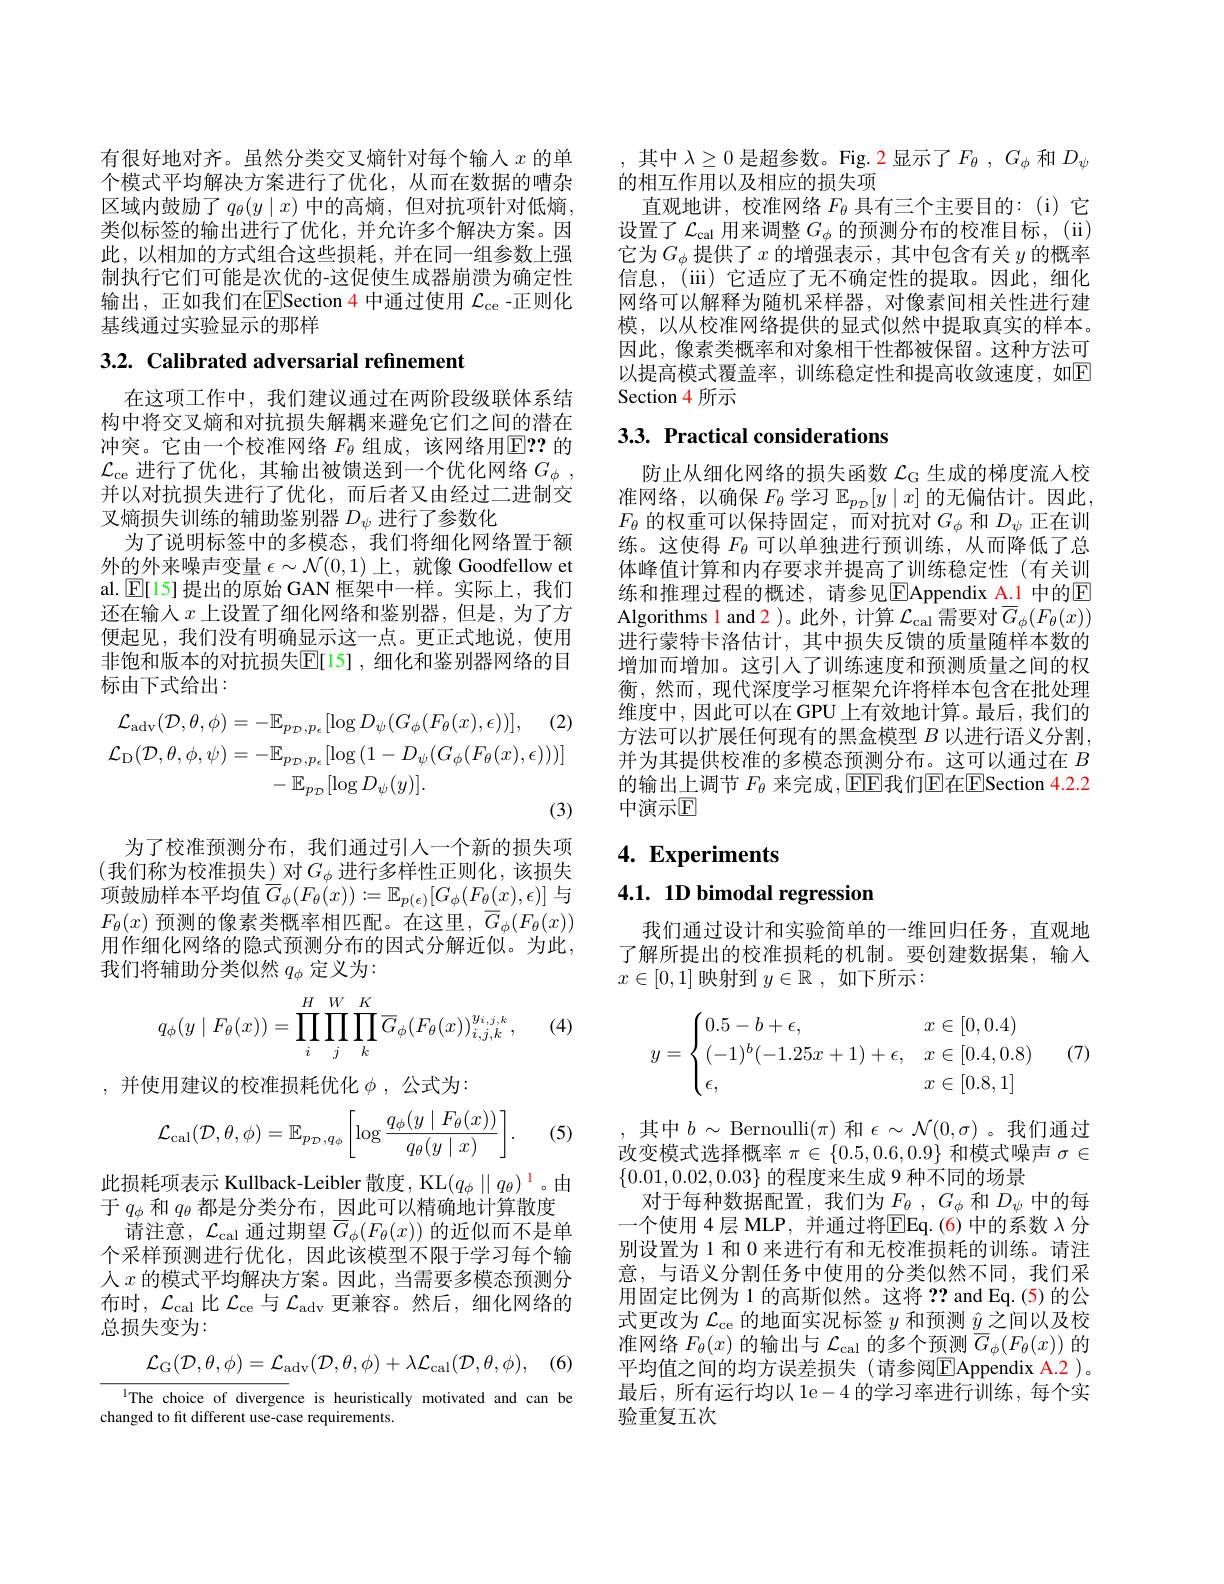
有很好地对齐。虽然分类交叉熵针对每个输入$x$的单个模式平均解决方案进行了优化，从而在数据的嘈杂区域内鼓励了$q_\theta(y\mid x)$ 中的高熵，但对抗项针对低熵， 类似标签的输出进行了优化，并允许多个解决方案。因此，以相加的方式组合这些损耗，并在同一组参数上强制执行它们可能是次优的-这促使生成器崩溃为确定性输出，正如我们在$\overline{\mathrm{E}}$Section 4 中通过使用 $\mathcal{L}_\mathrm{ce}$ -正则化基线通过实验显示的那样

3.2. Calibrated adversarial refinement

在这项工作中，我们建议通过在两阶段级联体系结构中将交叉熵和对抗损失解耦来避免它们之间的潜在冲突。它由一个校准网络$F_{\theta}$组成，该网络用$\overline{\mathrm{E??}}$的$\mathcal{L}_\mathrm{ce}$进行了优化，其输出被馈送到一个优化网络$G_\phi$, 并以对抗损失进行了优化，而后者又由经过二进制交叉熵损失训练的辅助鉴别器$D_\psi$进行了参数化
为了说明标签中的多模态，我们将细化网络置于额外的外来噪声变量$\epsilon\sim\mathcal{N}(0,1)$上，就像 Goodfellow et al. $\operatorname{E}[$15] 提出的原始 GAN 框架中一样。实际上，我们还在输人$x$上设置了细化网络和鉴别器，但是，为了方便起见，我们没有明确显示这一点。更正式地说，使用非饱和版本的对抗损失$\mathbb{E}[$15],细化和鉴别器网络的目标由下式给出：
$$\begin{aligned}\mathcal{L}_{\mathrm{adv}}(\mathcal{D},\theta,\phi)&=-\mathbb{E}_{p_{\mathcal{D}},p_{e}}[\log D_{\psi}(G_{\phi}(F_{\theta}(x),\epsilon))],\quad(2)\\\mathcal{L}_{\mathrm{D}}(\mathcal{D},\theta,\phi,\psi)&=-\mathbb{E}_{p_{\mathcal{D}},p_{e}}[\log{(1-D_{\psi}(G_{\phi}(F_{\theta}(x),\epsilon)))}]\\&-\mathbb{E}_{p_{\mathcal{D}}}[\log D_{\psi}(y)].\end{aligned}$$
为了校准预测分布，我们通过引人一个新的损失项(我们称为校准损失)对$G_\phi$进行多样性正则化，该损失项鼓励样本平均值$\overline{G}_\phi(F_\theta(x)):=\mathbb{E}_{p(\epsilon)}[G_\phi(F_\theta(x),\epsilon)]$与$F_\theta(x)$预测的像素类概率相匹配。在这里，$\overline G_\phi(F_\theta(x))$ 用作细化网络的隐式预测分布的因式分解近似。为此， 我们将辅助分类似然$q_\phi$定义为：

(4)
$$q_\phi(y\mid F_\theta(x))=\prod_i^H\prod_j^W\prod_k^K\overline{G}_\phi(F_\theta(x))_{i,j,k}^{y_{i,j,k}},$$
,并使用建议的校准损耗优化$\phi$ ,公式为：

(5)
$$\mathcal{L}_{\mathrm{cal}}(\mathcal{D},\theta,\phi)=\mathbb{E}_{p_{\mathcal{D}},q_{\phi}}\bigg[\log\frac{q_{\phi}(y\mid F_{\theta}(x))}{q_{\theta}(y\mid x)}\bigg].$$
此损耗项表示 Kullback-Leibler 散度，KL$(q_\phi\mid\mid q_\theta)^{\color{#C00}{\color{#C00}1}}$。由
于$q_\phi$和$q_\theta$都是分类分布，因此可以精确地计算散度
请注意，$\mathcal{L}_\mathrm{cal}$通过期望$\overline G_\phi(F_\theta(x))$的近似而不是单个采样预测进行优化，因此该模型不限于学习每个输人$x$的模式平均解决方案。因此，当需要多模态预测分布时，$\mathcal{L}_\mathrm{cal}$比$\mathcal{L}_\mathrm{ce}$与$\mathcal{L}_\mathrm{adv}$更兼容。然后，细化网络的总损失变为：
$$\mathcal{L}_{\mathrm{G}}(\mathcal{D},\theta,\phi)=\mathcal{L}_{\mathrm{adv}}(\mathcal{D},\theta,\phi)+\lambda\mathcal{L}_{\mathrm{cal}}(\mathcal{D},\theta,\phi),$$
IThe choice of divergence is heuristically motivated and can be
changed to fit different use-case requirements.

,其中$\lambda\geq0$是超参数。Fig. 2 显示了$F_\theta,G_\phi$和$D_\psi$
的相互作用以及相应的损失项
直观地讲，校准网络$F_\mathrm{\theta}$具有三个主要目的：(i)它设置了$\mathcal{L}_\mathrm{cal}$用来调整$G_\phi$的预测分布的校准目标，(ii) 它为$G_\phi$提供了$x$ 的增强表示，其中包含有关 $y$ 的概率信息，(iii) 它适应了无不确定性的提取。因此，细化网络可以解释为随机采样器，对像素间相关性进行建模，以从校准网络提供的显式似然中提取真实的样本。因此，像素类概率和对象相干性都被保留。这种方法可以提高模式覆盖率，训练稳定性和提高收敛速度，如$\mathbb{E}$ Section 4 所示

# 3.3. Practical considerations

防止从细化网络的损失函数$\mathcal{L}_\mathrm{G}$生成的梯度流人校准网络，以确保$F_\theta$学习$\mathbb{E}_p_{\mathcal{D}}[y\mid x]$的无偏估计。因此， $F_{\theta}$的权重可以保持固定，而对抗对$G_\phi$和$D_\psi$正在训练。这使得$F_\theta$可以单独进行预训练，从而降低了总体峰值计算和内存要求并提高了训练稳定性(有关训练和推理过程的概述，请参见$\boxed{\mathrm{E}}$Appendix A.1 中的$\boxed{\mathrm{E}}$ Algorithms l and 2 )。此外，计算 $\mathcal{L}_\mathrm{cal}$ 需要对$\overline G_\phi(F_\theta(x))$ 进行蒙特卡洛估计，其中损失反馈的质量随样本数的增加而增加。这引人了训练速度和预测质量之间的权衡，然而，现代深度学习框架允许将样本包含在批处理维度中，因此可以在 GPU 上有效地计算。最后，我们的方法可以扩展任何现有的黑盒模型$B$以进行语义分割， 并为其提供校准的多模态预测分布。这可以通过在$B$ 的输出上调节 $F_\theta$ 来完成，EEE我们E在ESection 4.2.2中演示$\textcircled{\mathrm{F}}$

# 4. Experiments

4.1. 1D bimodal regression

我们通过设计和实验简单的一维回归任务，直观地了解所提出的校准损耗的机制。要创建数据集，输入$x\in[0,1]$映射到$y\in \mathbb{R}$ ,如下所示：
$$y=\begin{cases}0.5-b+\epsilon,&x\in[0,0.4)\\(-1)^b(-1.25x+1)+\epsilon,&x\in[0.4,0.8)\\\epsilon,&x\in[0.8,1]\end{cases}$$
(7)

,其中$b\sim$Bernoulli$(\pi)$ 和$\epsilon\sim\mathcal{N}(0,\sigma)$。我们通过改变模式选择概率$\pi\in\{0.5,0.6,0.9\}$和模式噪声$\sigma\in$ $\{0.01,0.02,0.03\}$的程度来生成 9 种不同的场景
对于每种数据配置，我们为$F_\theta,G_\phi$ 和$D_\psi$中的每一个使用 4 层 MLP, 并通过将$\overline{\mathrm{EEq.(6)}}$中的系数$\lambda$分别设置为 1 和 0 来进行有和无校准损耗的训练。请注意，与语义分割任务中使用的分类似然不同，我们采用固定比例为 1 的高斯似然。这将？? and Eq.(5)的公式更改为$\mathcal{L}_\mathrm{ce}$的地面实况标签$y$和预测$\hat{y}$之间以及校准网络$F_\theta(x)$的输出与$\mathcal{L}_\mathrm{cal}$的多个预测$\overline G_\phi(F_\theta(x))$的平均值之间的均方误差损失(请参阅$\boxed{\mathrm{E}}$Appendix A.2 )。最后，所有运行均以 1e-4 的学习率进行训练，每个实验重复五次